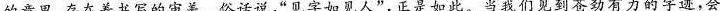
的意思，存在着书写的审美。俗话说，”见字如见人”，正是如此。当我们见到苍劲有力的字迹，会